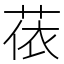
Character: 𦲤